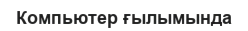
Компьютер ғылымында